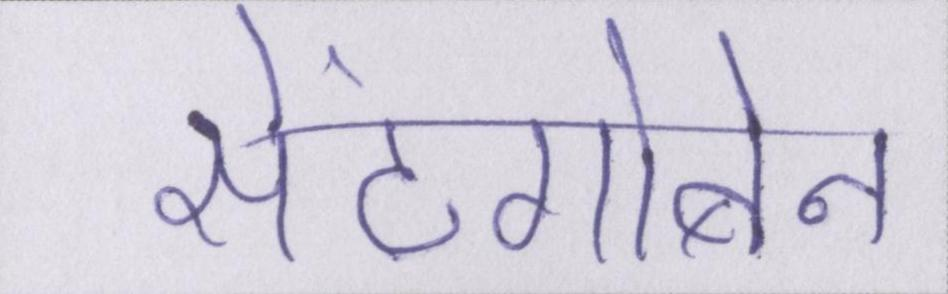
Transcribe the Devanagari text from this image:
सेंटगोबेन